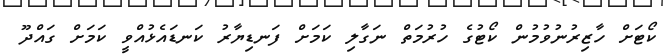
ކޯޓަށް ހާޒިރުނުވުމުން ކޯޓުގެ ހުރުމަތް ނަގާލި ކަމަށް ފަނޑިޔާރު ކަނޑައެޅުއްވީ ކަމަށް ގައްދޫ